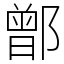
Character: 鄫